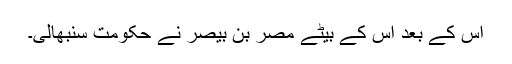
اس کے بعد اس کے بیٹے مصر بن بیصر نے حکومت سنبھالی۔